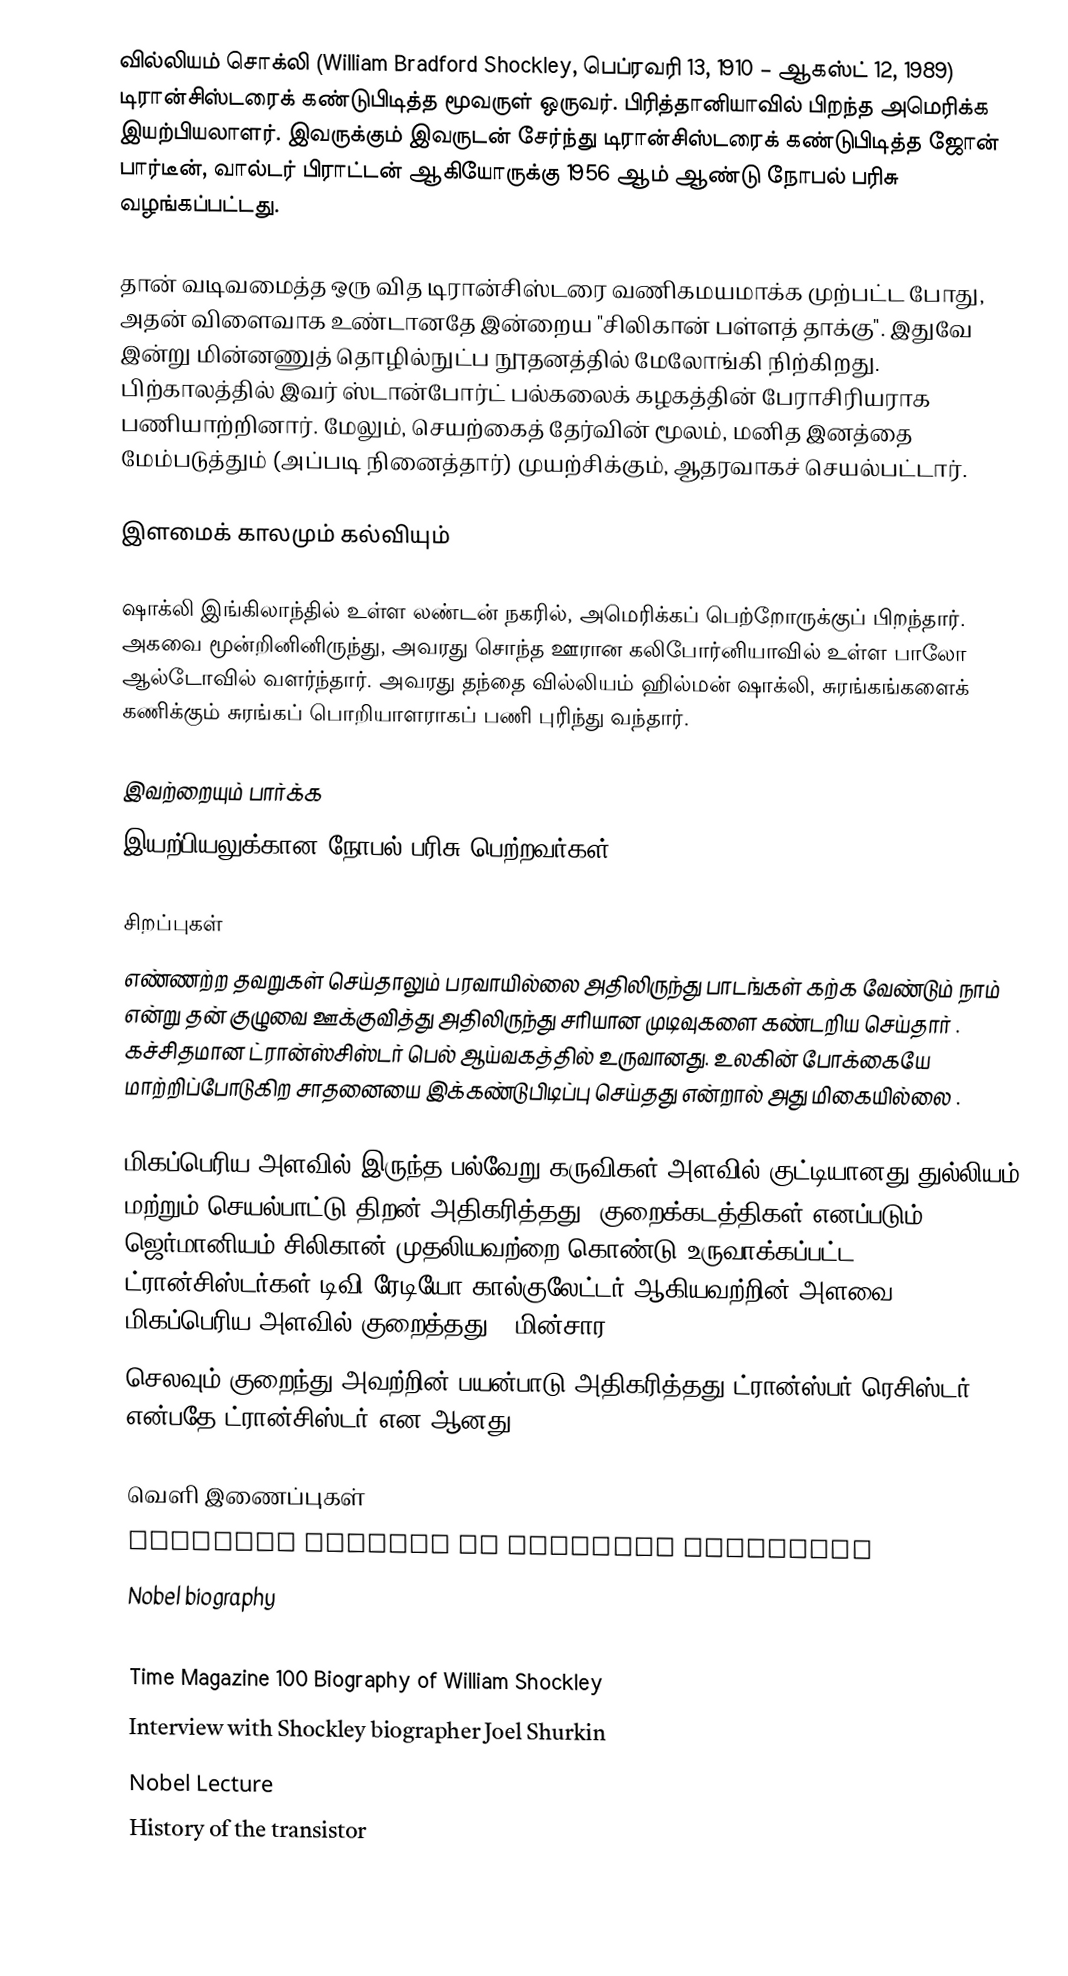
வில்லியம் சொக்லி (William Bradford Shockley, பெப்ரவரி 13, 1910 – ஆகஸ்ட் 12, 1989) டிரான்சிஸ்டரைக் கண்டுபிடித்த மூவருள் ஒருவர். பிரித்தானியாவில் பிறந்த அமெரிக்க இயற்பியலாளர். இவருக்கும் இவருடன் சேர்ந்து டிரான்சிஸ்டரைக் கண்டுபிடித்த ஜோன் பார்டீன், வால்டர் பிராட்டன் ஆகியோருக்கு 1956 ஆம் ஆண்டு நோபல் பரிசு வழங்கப்பட்டது.

தான் வடிவமைத்த ஒரு வித டிரான்சிஸ்டரை வணிகமயமாக்க முற்பட்ட போது, அதன் விளைவாக உண்டானதே இன்றைய "சிலிகான் பள்ளத் தாக்கு". இதுவே இன்று மின்னணுத் தொழில்நுட்ப நூதனத்தில் மேலோங்கி நிற்கிறது. பிற்காலத்தில் இவர் ஸ்டான்போர்ட் பல்கலைக் கழகத்தின் பேராசிரியராக பணியாற்றினார். மேலும், செயற்கைத் தேர்வின் மூலம், மனித இனத்தை மேம்படுத்தும் (அப்படி நினைத்தார்) முயற்சிக்கும், ஆதரவாகச் செயல்பட்டார்.

இளமைக் காலமும் கல்வியும்

ஷாக்லி இங்கிலாந்தில் உள்ள லண்டன் நகரில், அமெரிக்கப் பெற்றோருக்குப் பிறந்தார். அகவை மூன்றினினிருந்து, அவரது சொந்த ஊரான கலிபோர்னியாவில் உள்ள பாலோ ஆல்டோவில் வளர்ந்தார். அவரது தந்தை வில்லியம் ஹில்மன் ஷாக்லி, சுரங்கங்களைக் கணிக்கும் சுரங்கப் பொறியாளராகப் பணி புரிந்து வந்தார்.

இவற்றையும் பார்க்க
 இயற்பியலுக்கான நோபல் பரிசு பெற்றவர்கள்

சிறப்புகள்
எண்ணற்ற தவறுகள் செய்தாலும் பரவாயில்லை அதிலிருந்து பாடங்கள் கற்க வேண்டும் நாம் என்று  தன் குழுவை ஊக்குவித்து அதிலிருந்து  சரியான முடிவுகளை கண்டறிய செய்தார் . கச்சிதமான ட்ரான்ஸ்சிஸ்டர் பெல் ஆய்வகத்தில் உருவானது. உலகின் போக்கையே மாற்றிப்போடுகிற சாதனையை இக்கண்டுபிடிப்பு செய்தது என்றால் அது மிகையில்லை .

மிகப்பெரிய அளவில் இருந்த பல்வேறு கருவிகள் அளவில் குட்டியானது;துல்லியம் மற்றும் செயல்பாட்டு திறன் அதிகரித்தது .குறைக்கடத்திகள்   எனப்படும் ஜெர்மானியம்  சிலிகான் முதலியவற்றை கொண்டு உருவாக்கப்பட்ட ட்ரான்சிஸ்டர்கள் டிவி  ரேடியோ கால்குலேட்டர் ஆகியவற்றின் அளவை மிகப்பெரிய அளவில் குறைத்தது ; மின்சார
செலவும் குறைந்து அவற்றின் பயன்பாடு அதிகரித்தது ட்ரான்ஸ்பர் ரெசிஸ்டர் என்பதே ட்ரான்சிஸ்டர் என ஆனது .

வெளி இணைப்புகள்
 National Academy of Sciences biography
 Nobel biography
  PBS biography
 Time Magazine 100 Biography of William Shockley
 Interview with Shockley biographer Joel Shurkin
 Nobel Lecture
 History of the transistor